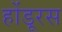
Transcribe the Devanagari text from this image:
होंडूरस